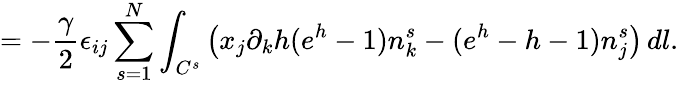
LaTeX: =-\frac{\gamma}{2}\epsilon_{ij}\sum_{s=1}^{N}\int_{C^{s}}\left(x_{j}\partial_{k}h(e^{h}-1)n_{k}^{s}-(e^{h}-h-1)n_{j}^{s}\right)\, dl.